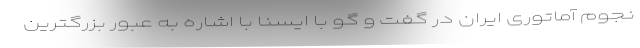
نجوم آماتوری ایران در گفت‌ و گو با ایسنا با اشاره به عبور بزرگترین